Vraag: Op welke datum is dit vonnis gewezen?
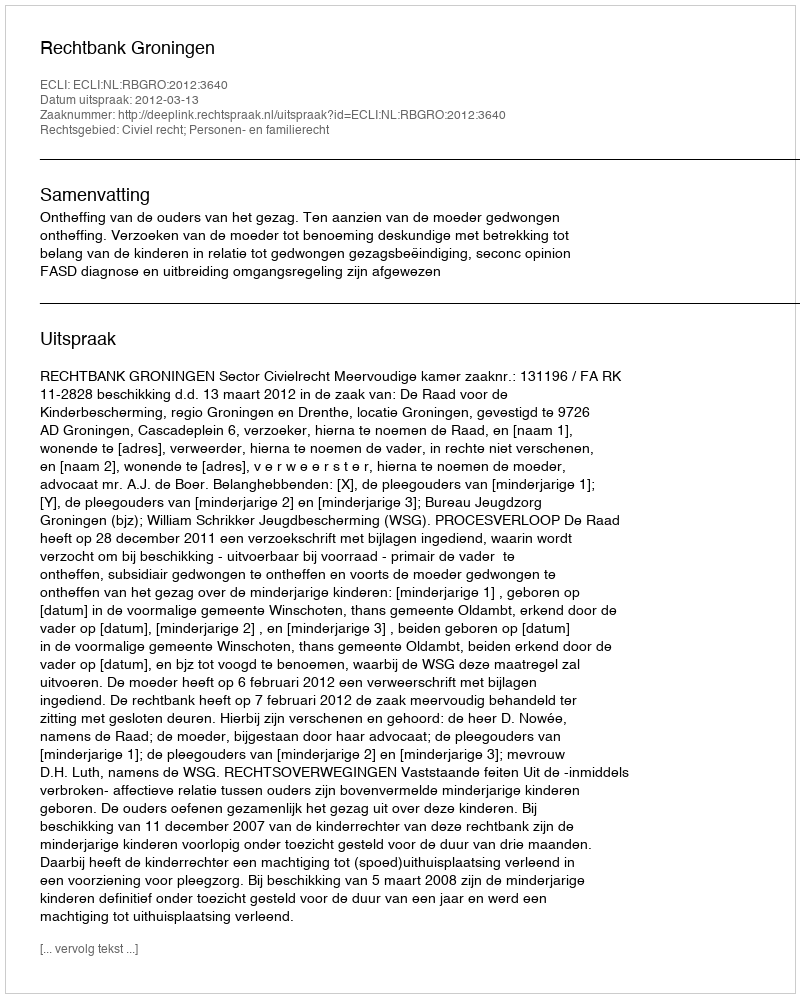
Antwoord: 2012-03-13